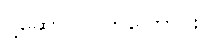
ပို့ဆောင်လိုက်ကြောင်း